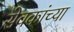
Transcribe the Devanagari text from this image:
सेवकांच्या